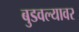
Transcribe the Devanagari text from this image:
बुडवल्यावर